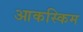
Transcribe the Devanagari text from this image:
आकस्किम